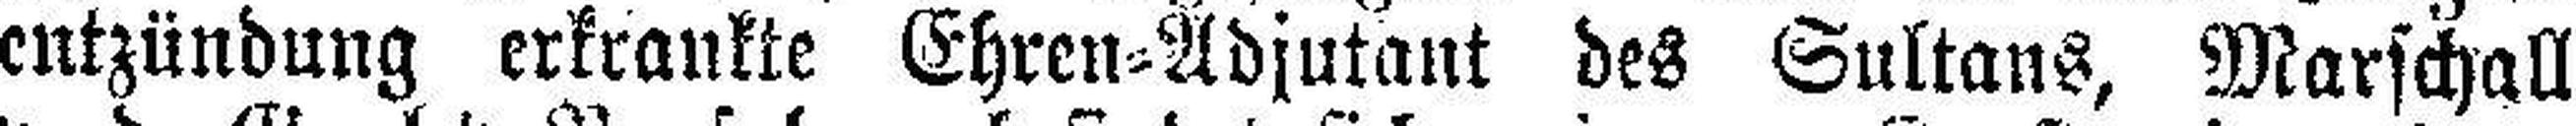
entzündung erkrankte Ehren=Adjutant des Sultans, Marschall